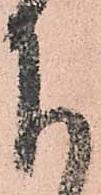
下